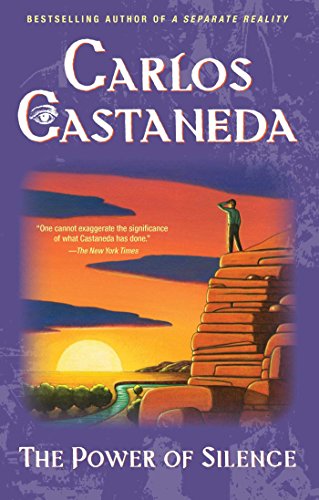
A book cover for The Power of Silence: Further Lessons of don Juan; Carlos Castaneda; Religion & Spirituality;